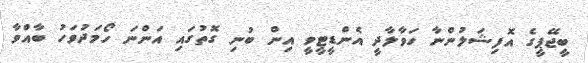
ބީޖޭޕީގެ އޮފިޝަލުންނާ ހަވާލާދީ އެންޑީޓީވީ އިން ބުނި ގޮތުގައި އަންނަ ހޯމަދުވަހު ބާއްވާ